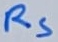
Text: RS